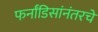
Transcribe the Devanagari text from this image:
फर्नांडिसांनंतरचे